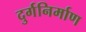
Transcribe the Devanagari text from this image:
दुर्गनिर्माण